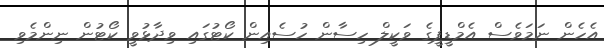
އެހެން ނަމަވެސް އެމްޑީޕީގެ ވަކީލް ހިސާން ހުސެއިން ކޯޓުގައި ވިދާޅުވީ ކޯޓުން ނިންމެވި